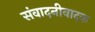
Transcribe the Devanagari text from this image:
संवादनीवादक